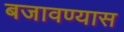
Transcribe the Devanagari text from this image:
बजावण्यास